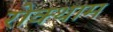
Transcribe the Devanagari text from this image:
रोक्थाम